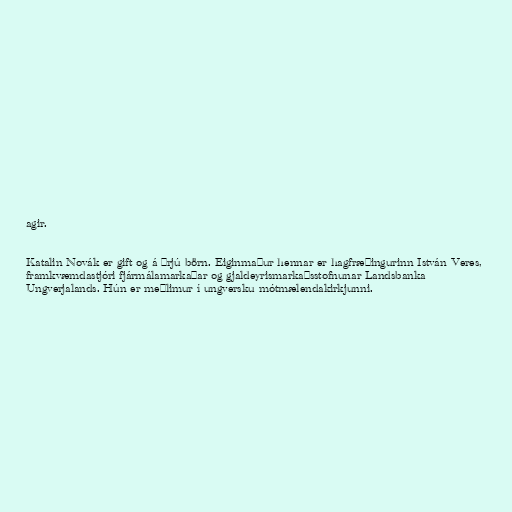
agir.

Katalin Novák er gift og á þrjú börn. Eiginmaður hennar er hagfræðingurinn István Veres,
framkvæmdastjóri fjármálamarkaðar og gjaldeyrismarkaðsstofnunar Landsbanka
Ungverjalands. Hún er meðlimur í ungversku mótmælendakirkjunni.